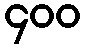
၄၀၀